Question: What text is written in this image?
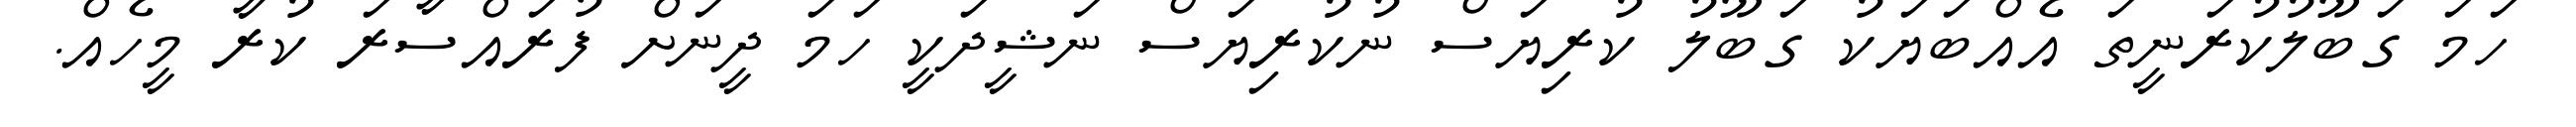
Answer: ހަމަ ގަބޫލުކުރަނީތަ އެއްބަޔަކު ގަބޫލު ކުރިޔަސް ނުކުރިޔަސް ނަޝީދަކީ ހަމަ ދީނަށް ފުރައްސާރަ ކުރާ މީހެއް.